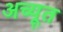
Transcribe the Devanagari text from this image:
अच्यूत